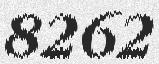
8262